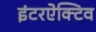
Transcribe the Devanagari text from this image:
इंटरऐक्टिव